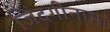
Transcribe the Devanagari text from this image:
जिंदगीनामा